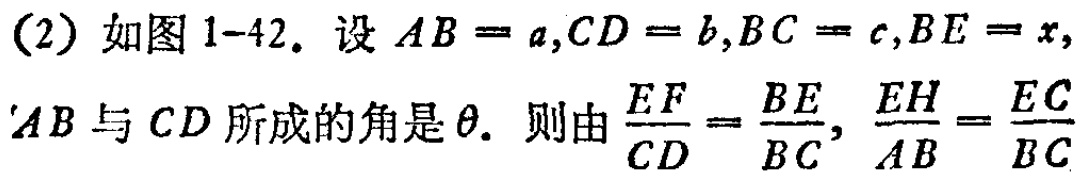
(2) 如图1-42. 设 \(AB = a,CD = b,BC = c,BE = x\), \(AB\)与 \(CD\)所成的角是\(\theta\). 则由\(\frac{EF}{CD}=\frac{BE}{BC},\frac{EH}{AB}=\frac{EC}{BC}\)